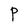
Character: P